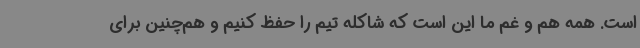
است. همه هم و غم ما این است که شاکله تیم را حفظ کنیم و هم‌چنین برای